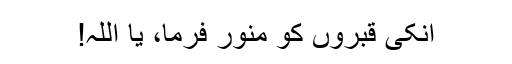
انکی قبروں کو منور فرما، یا اللہ!